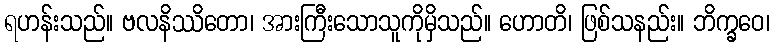
ရဟန်းသည်။ ဗလနိဿိတော၊ အားကြီးသောသူကိုမှိသည်။ ဟောတိ၊ ဖြစ်သနည်း။ ဘိက္ခဝေ၊